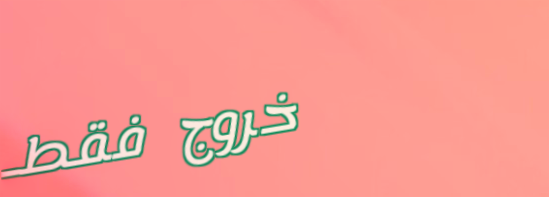
خروج فقط